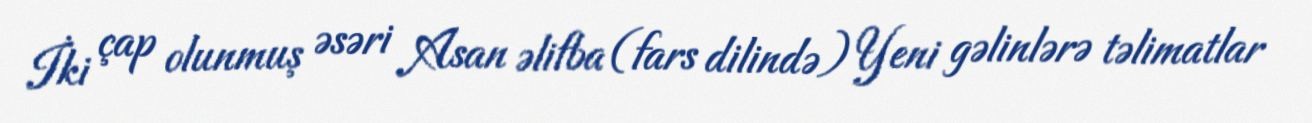
İki çap olunmuş əsəri Asan əlifba (fars dilində) Yeni gəlinlərə təlimatlar